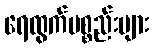
ရေထွက်ပစ္စည်းများ